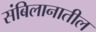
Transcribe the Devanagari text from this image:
संबिलानातील